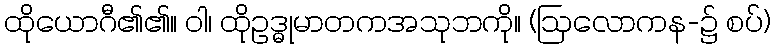
ထိုယောဂီ၏၏။ ဝါ၊ ထိုဥဒ္ဓုမာတကအသုဘကို။ (ဩလောကန-၌ စပ်)